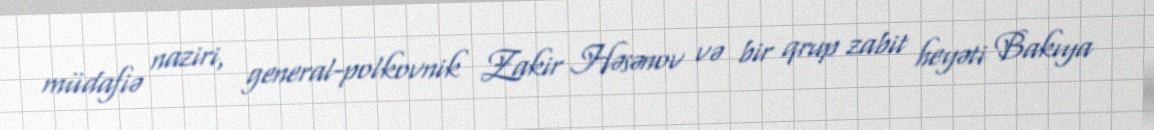
müdafiə naziri, general-polkovnik Zakir Həsənov və bir qrup zabit heyəti Bakıya